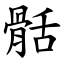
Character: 䯏